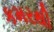
કમરથી